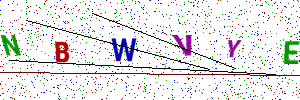
Text: NBWVYE